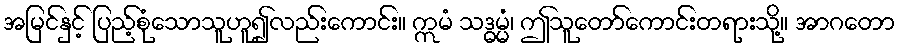
အမြင်နှင့် ပြည့်စုံသောသူဟူ၍လည်းကောင်း။ ဣမံ သဒ္ဓမ္မံ၊ ဤသူတော်ကောင်းတရားသို့။ အာဂတော